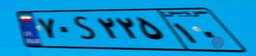
۷۰S۲۲۵۱۰